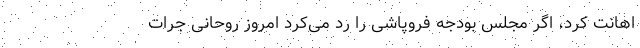
اهانت کرد، اگر مجلس بودجه فروپاشی را رد می‌کرد امروز روحانی جرات